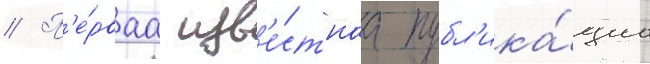
// П'е́рваа изв'е́стнаа публ'ика́циа